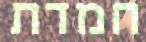
חמדת